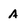
Character: A